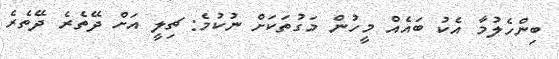
ބިންހެލުމާ އެކު ބައެއް މީހުން މަގުތަކަށް ނުކުމެ: ޗިލީ އަށް ދޭތެރެ ދޭތެރެ